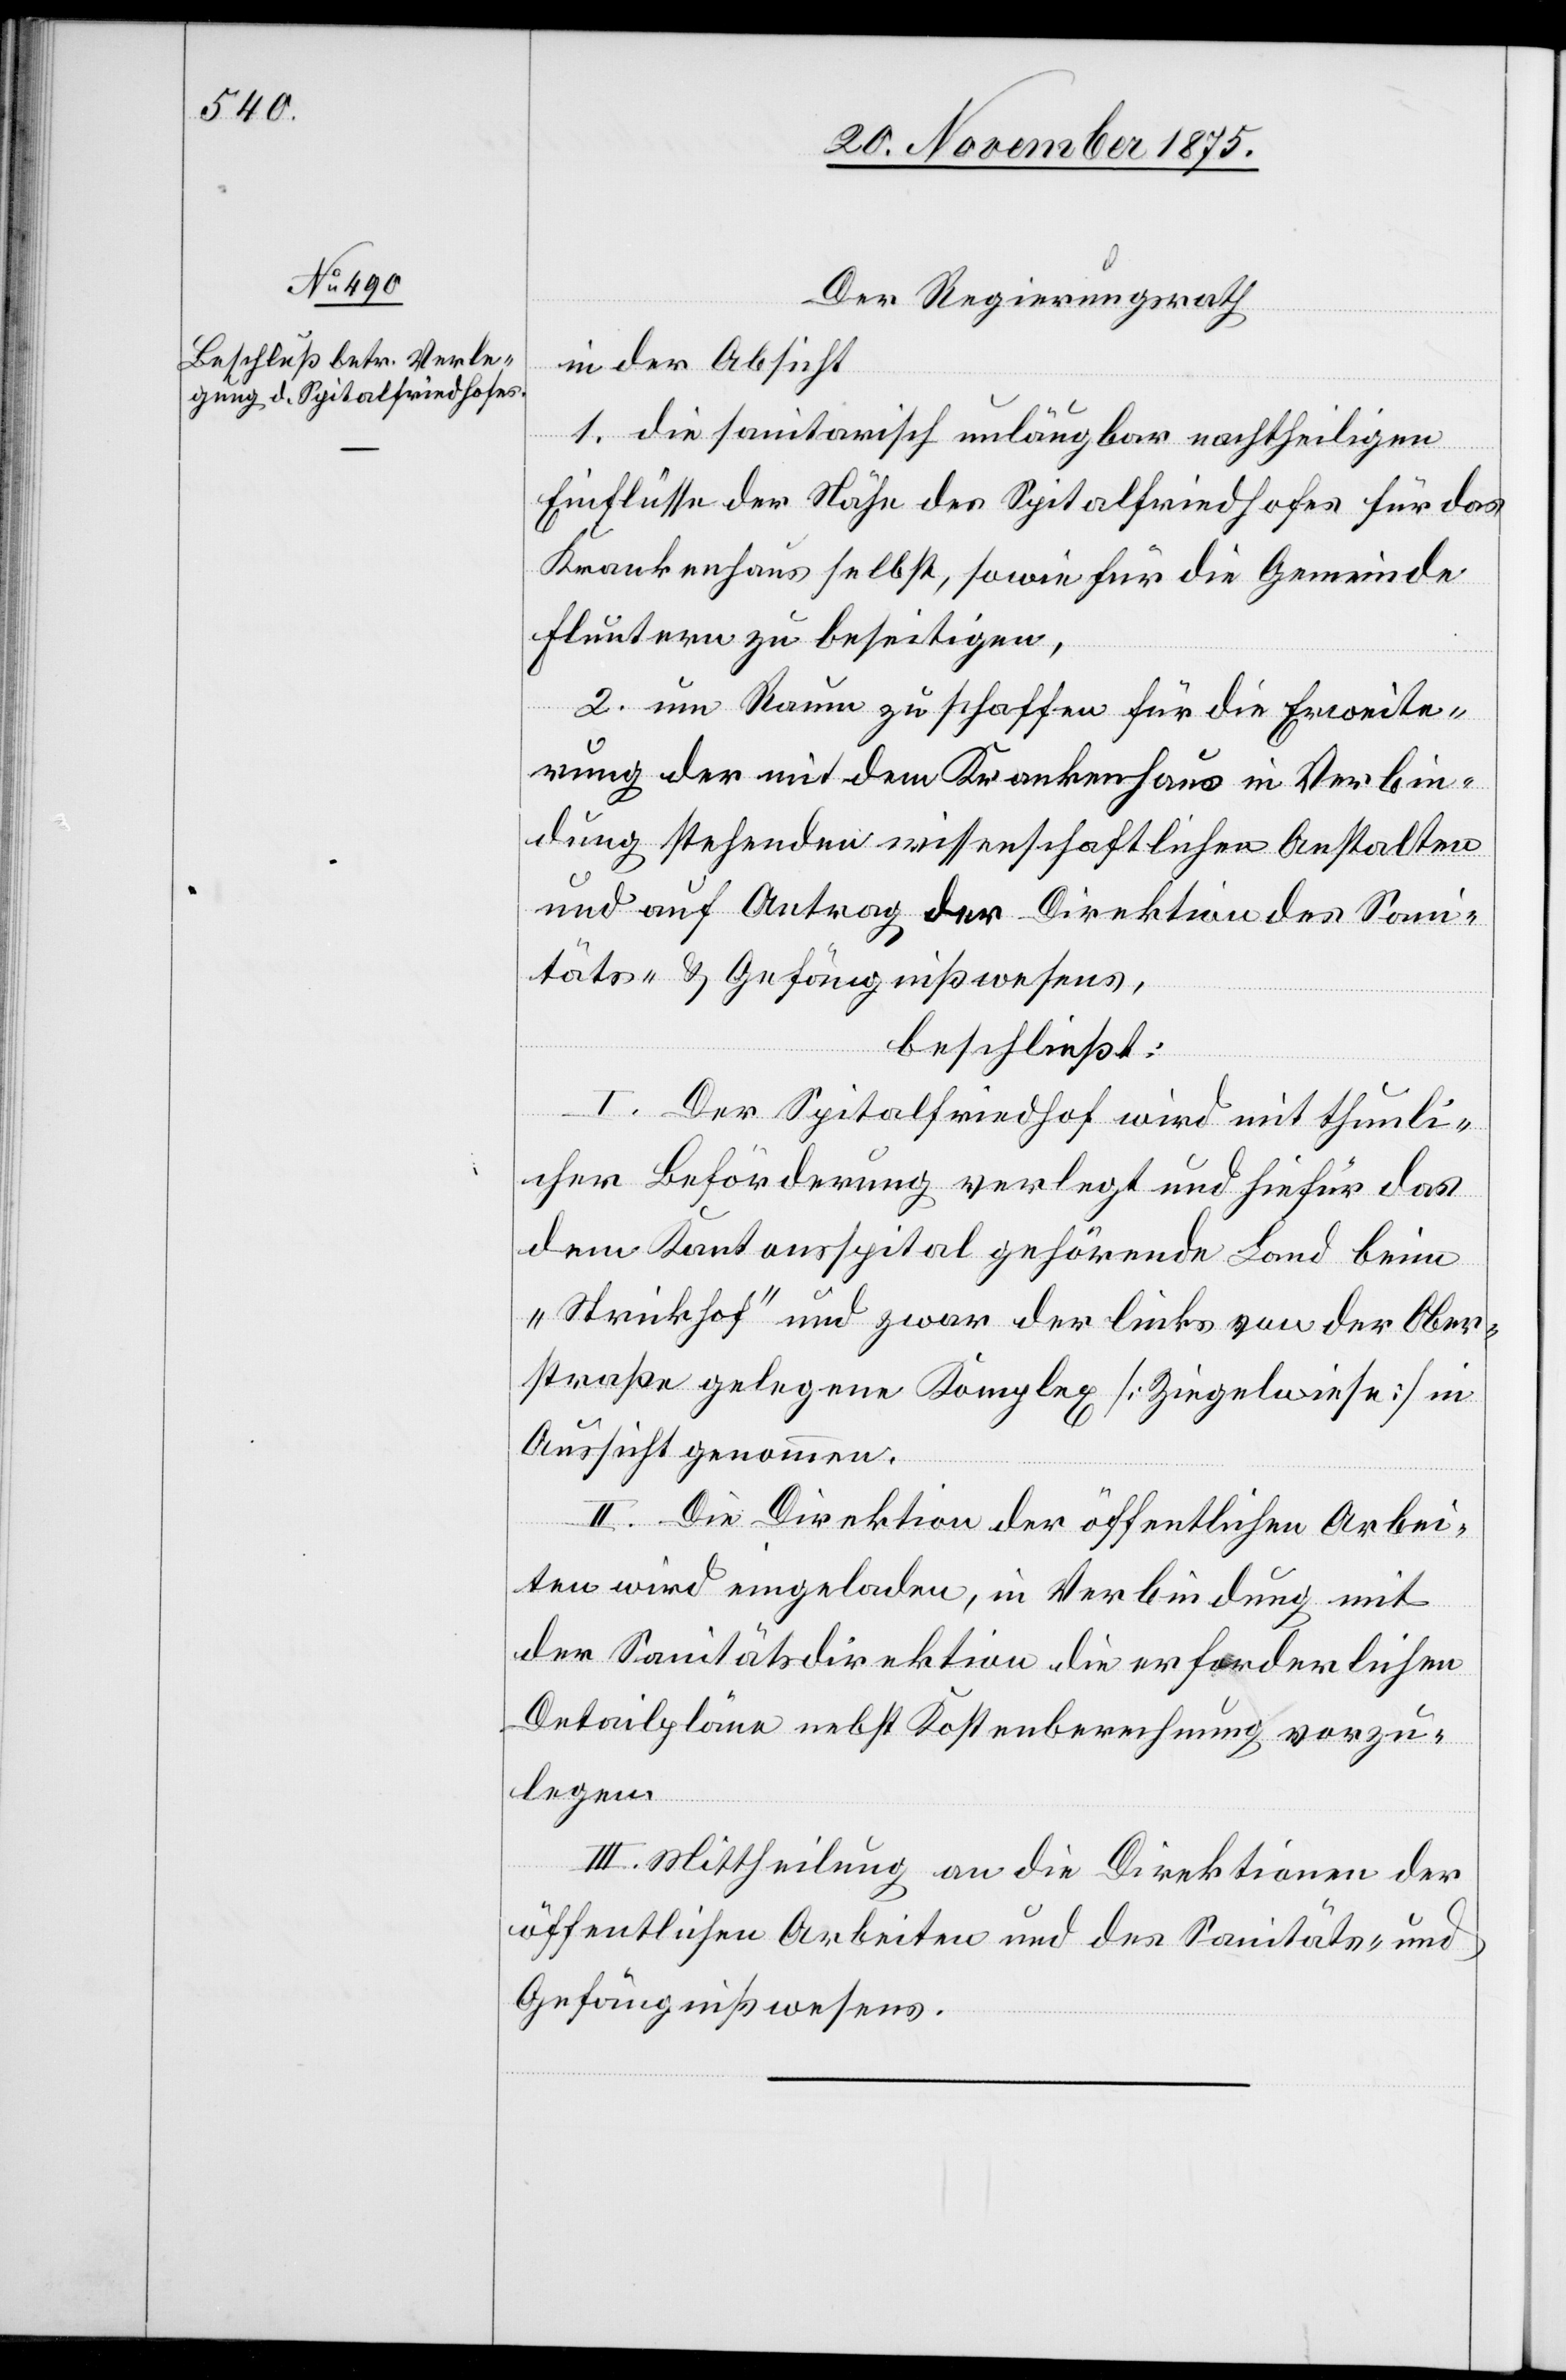
Der Regierungsrath,
in der Absicht
1. die sanitarisch unläugbar nachtheiligen
Einflüsse der Nähe des Spitalfriedhofes für das
Krankenhaus selbst, sowie für die Gemeinde
Fluntern zu beseitigen,
2. um Raum zu schaffen für die Erweite¬
rung der mit dem Krankenhaus in Verbin¬
dung stehenden wissenschaftlichen Anstalten
und auf Antrag der Direktion des Sani¬
täts- & Gefängnißwesens,
beschließt:
I. Der Spitalfriedhof wird mit thunli¬
cher Beförderung verlegt und hiefür das
dem Kantonsspital gehörende Land beim
„Strickhof“ und zwar der links von der Ober¬
straße gelegene Komplex [Ziegelwiese] in
Aussicht genommen.
II. Die Direktion der öffentlichen Arbei¬
ten wird eingeladen, in Verbindung mit
der Sanitätsdirektion die erforderlichen
Detailpläne nebst Kostenberechnung vorzu¬
legen.
III. Mittheilung an die Direktionen der
öffentlichen Arbeiten und des Sanitäts- und
Gefängnißwesens.